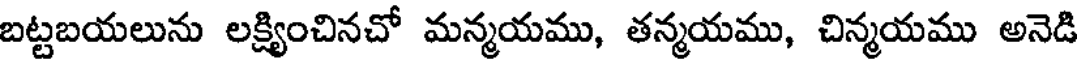
బట్టబయలును లక్ష్యించినచో మన్మయము, తన్మయము, చిన్మయము అనెడి